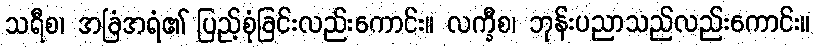
သရီစ၊ အခြံအရံ၏ ပြည့်စုံခြင်းလည်းကောင်း။ လက္ခီစ၊ ဘုန်းပညာသည်လည်းကောင်း။